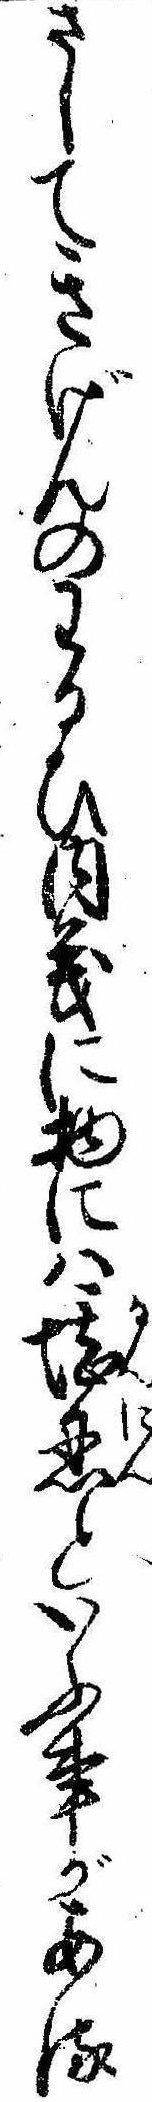
さしてきげんのわるひ内義に物には堪忍といふ事がある